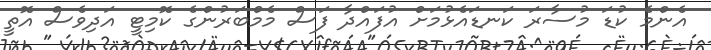
އެންމެ ކުޑަ މުސާރަ ކަނޑައެޅުމަށް އުފައްދާ ފަސް މެމްބަރުންގެ ކޮމިޓީ އަދިވެސް އޮތީ